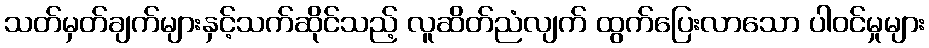
သတ်မှတ်ချက်များနှင့်သက်ဆိုင်သည့် လူဆိတ်ညံလျက် ထွက်ပြေးလာသော ပါဝင်မှုများ